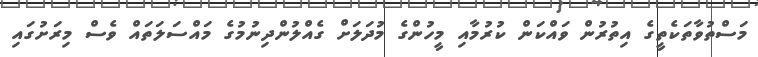
މަސްތުވާތަކެތީގެ އިތުރުން ވައްކަން ކުރުމާއި މީހުންގެ މުދަލަށް ގެއްލުންދިނުމުގެ މައްސަލަތައް ވެސް މިރަށުގައި